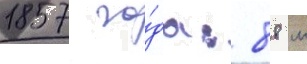
1857 го́да: 88 м